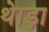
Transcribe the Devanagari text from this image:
थेाड़ा